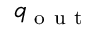
q _ { \mathrm { ~ o ~ u ~ t ~ } }